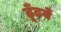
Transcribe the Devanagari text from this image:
ढूँढनें